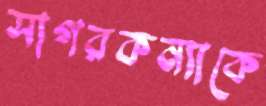
সাগরকন্যাকে